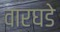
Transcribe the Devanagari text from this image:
वारघडे